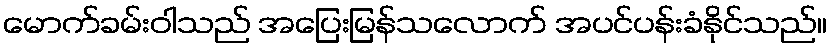
မောက်ခမ်းဝါသည် အပြေးမြန်သလောက် အပင်ပန်းခံနိုင်သည်။